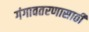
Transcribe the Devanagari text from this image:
गंगावतरणासाठी